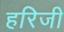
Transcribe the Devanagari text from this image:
हरिजी